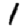
Digit: 1